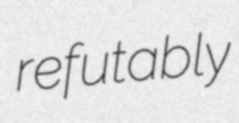
refutably